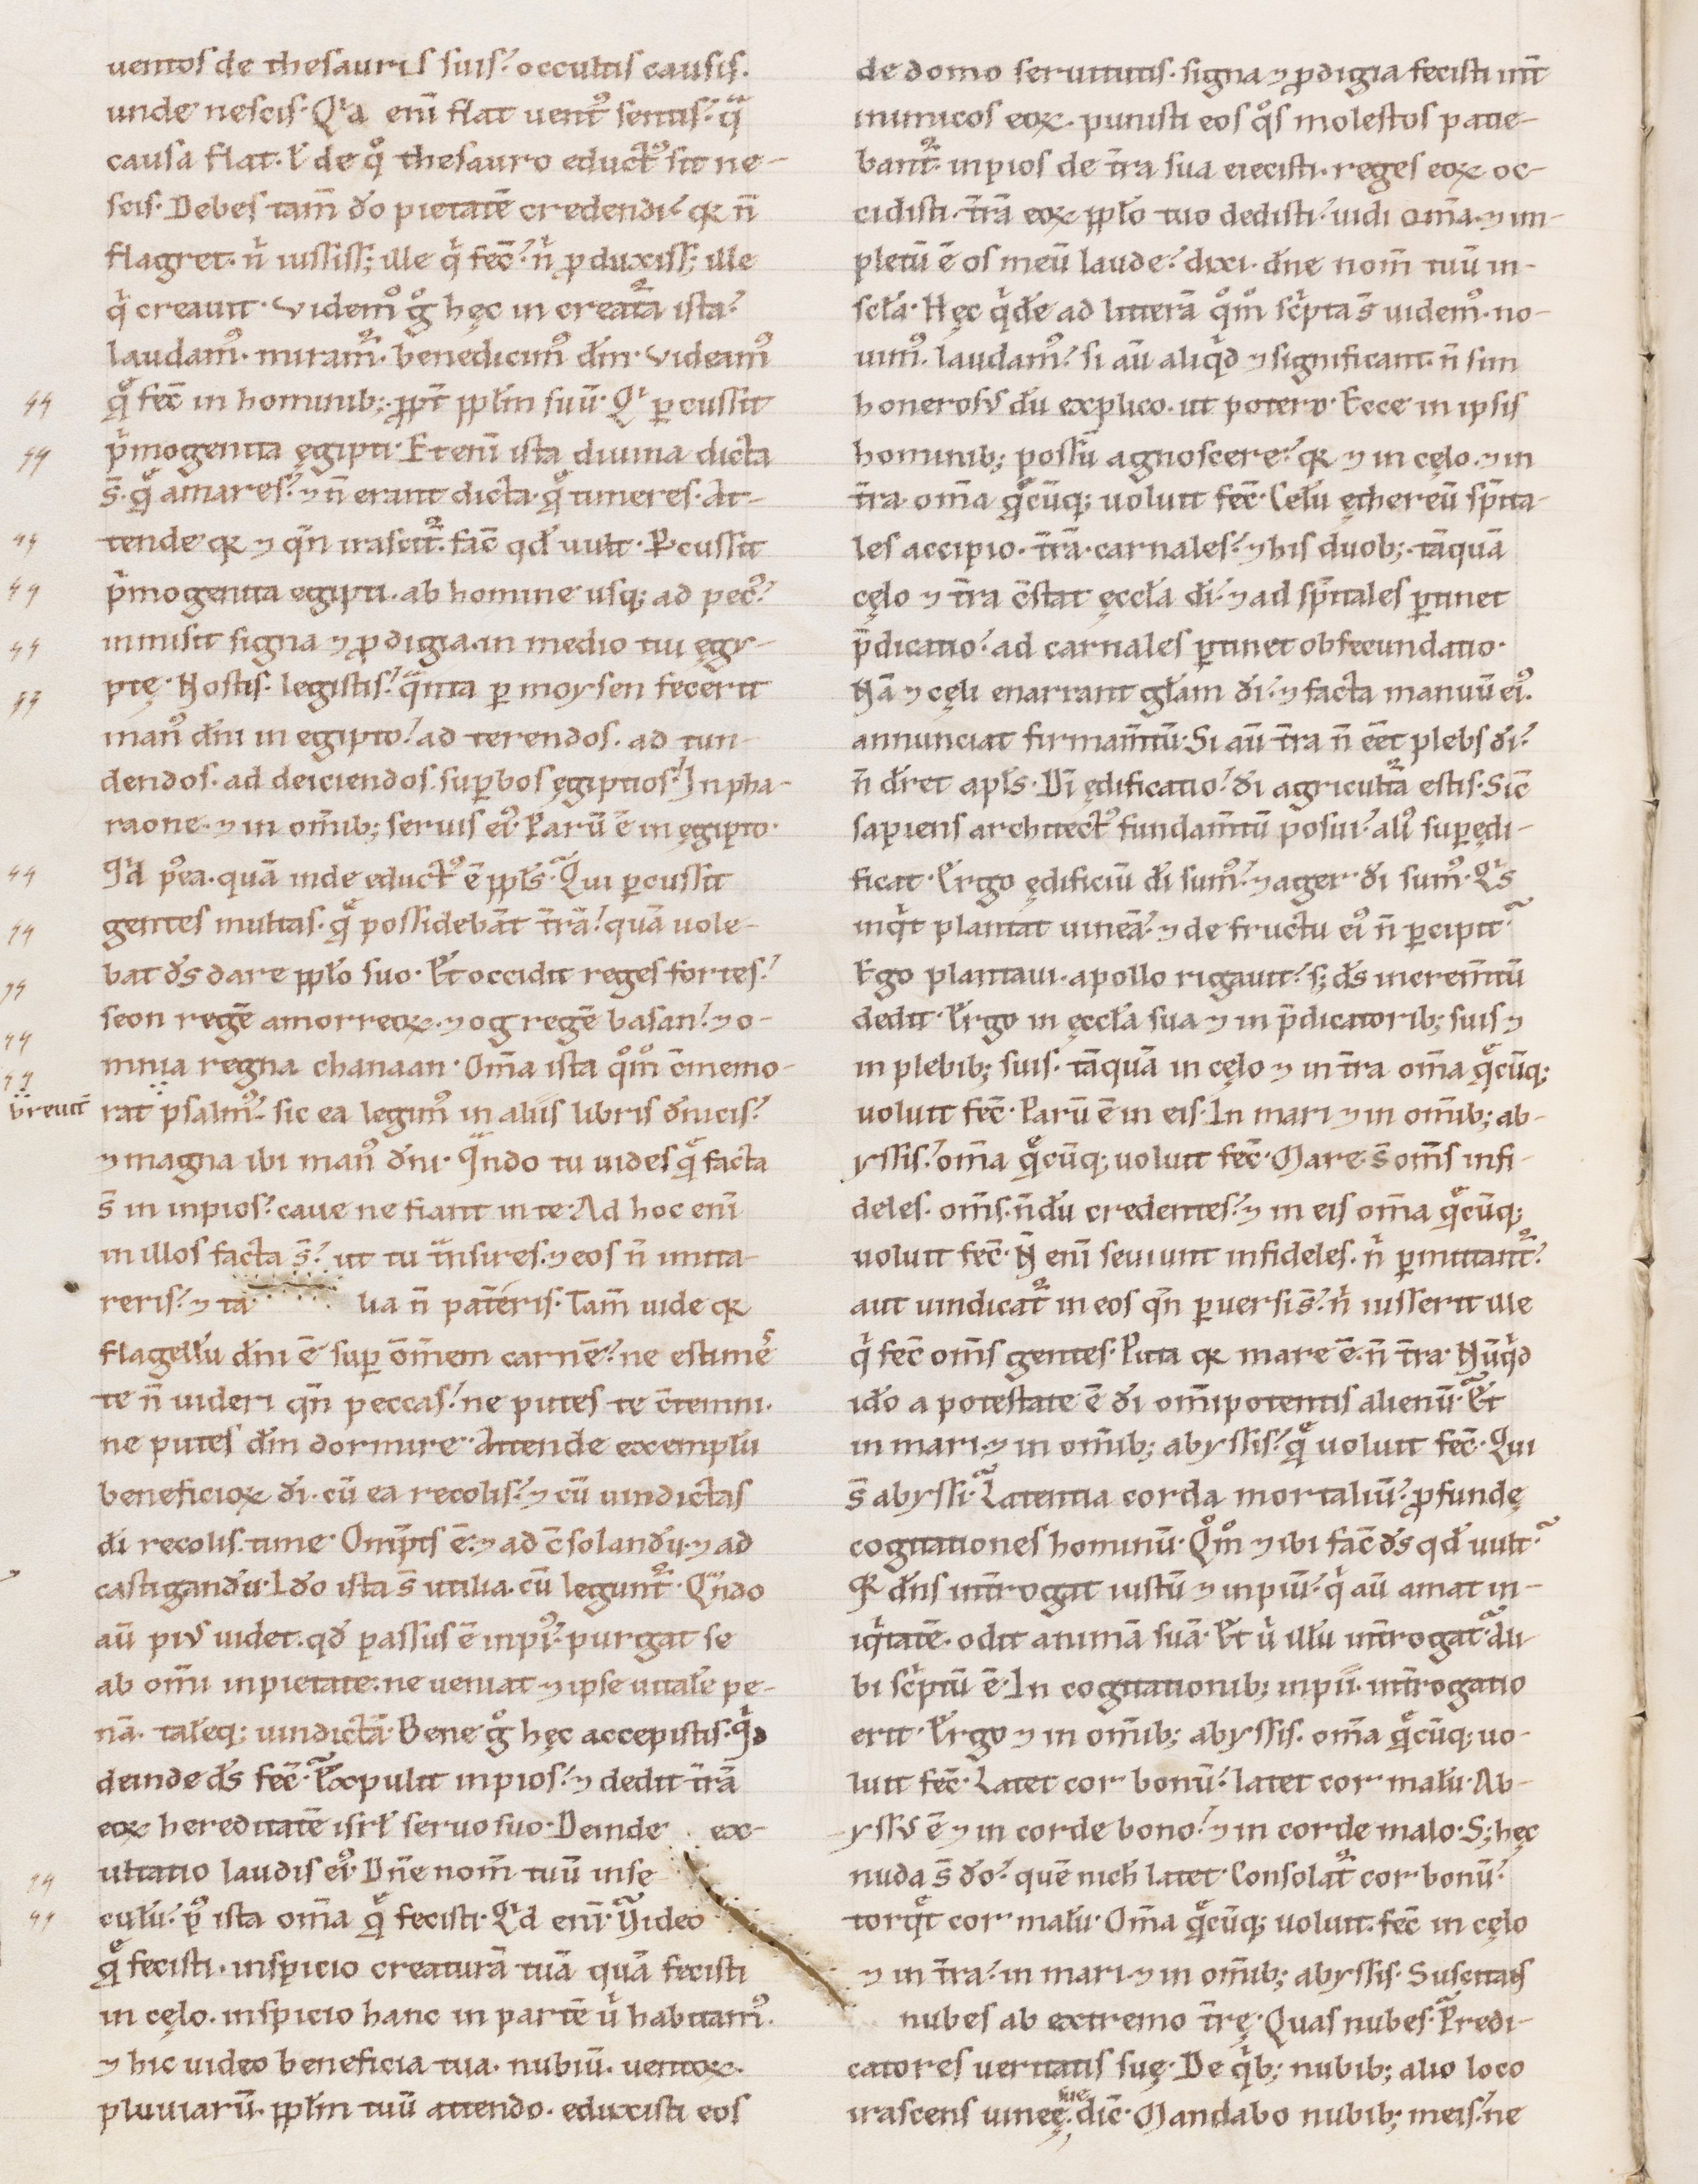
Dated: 1100–1199